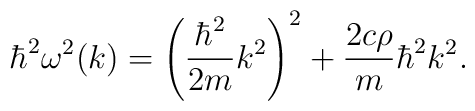
\hbar^2\omega^2(k) = \left(\displaystyle \frac{\hbar^2}{2m}k^2\right)^2+ \frac{2c\rho}{m}\hbar^2k^2.